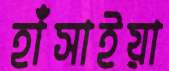
হাঁসাইয়া